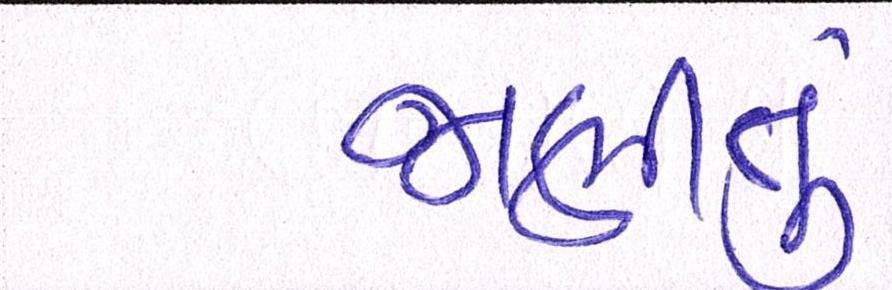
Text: જાણીતુ